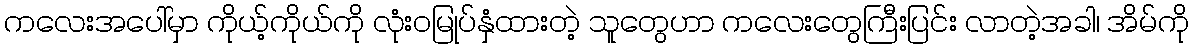
ကလေးအပေါ်မှာ ကိုယ့်ကိုယ်ကို လုံးဝမြုပ်နှံထားတဲ့ သူတွေဟာ ကလေးတွေကြီးပြင်း လာတဲ့အခါ၊ အိမ်ကို